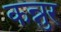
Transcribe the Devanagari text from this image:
कन्नुर